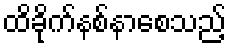
ထိခိုက်နစ်နာစေသည့်